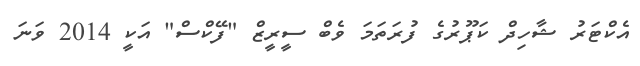
އެކްޓަރު ޝާހިދް ކަޕޫރުގެ ފުރަތަމަ ވެބް ސީރީޒް "ފޭކްސް" އަކީ 2014 ވަނަ